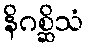
နိဂစ္ဆိသံ